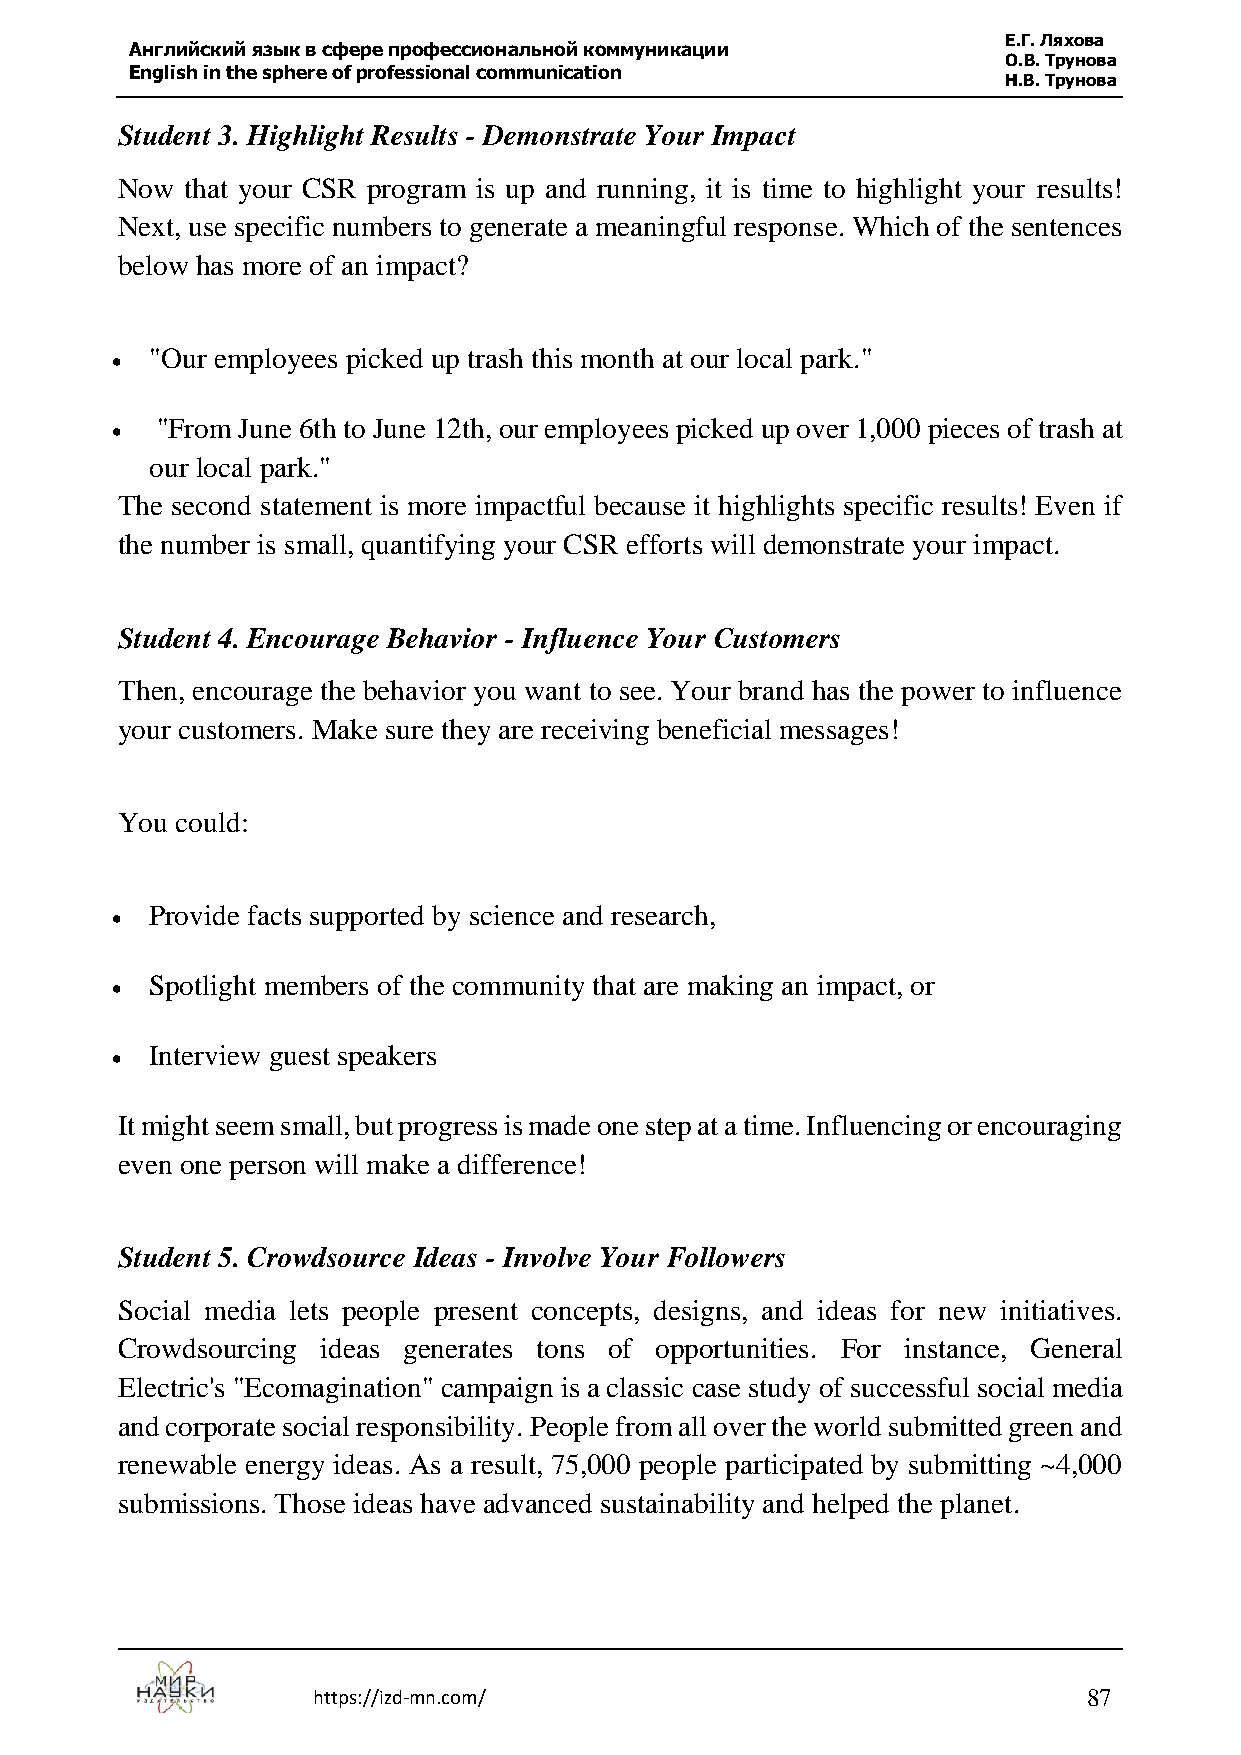
Е.Г. Ляхова
 Английский язык в сфере профессиональной коммуникации
 О.В. Трунова
 English in the sphere of professional communication
 Н.В. Трунова
 Student 3. Highlight Results - Demonstrate Your Impact
 Now that your CSR program is up and running, it is time to highlight your results!
 Next, use specific numbers to generate a meaningful response. Which of the sentences
 below has more of an impact?
 "Our employees picked up trash this month at our local park."
 
 "From June 6th to June 12th, our employees picked up over 1,000 pieces of trash at
 
 our local park."
 The second statement is more impactful because it highlights specific results! Even if
 the number is small, quantifying your CSR efforts will demonstrate your impact.
 Student 4. Encourage Behavior - Influence Your Customers
 Then, encourage the behavior you want to see. Your brand has the power to influence
 your customers. Make sure they are receiving beneficial messages!
 You could:
 Provide facts supported by science and research,
 
 Spotlight members of the community that are making an impact, or
 
 Interview guest speakers
 
 It might seem small, but progress is made one step at a time. Influencing or encouraging
 even one person will make a difference!
 Student 5. Crowdsource Ideas - Involve Your Followers
 Social media lets people present concepts, designs, and ideas for new initiatives.
 Crowdsourcing ideas generates tons of opportunities. For instance, General
 Electric's "Ecomagination" campaign is a classic case study of successful social media
 and corporate social responsibility. People from all over the world submitted green and
 renewable energy ideas. As a result, 75,000 people participated by submitting ~4,000
 submissions. Those ideas have advanced sustainability and helped the planet.
 https://izd-mn.com/                                87